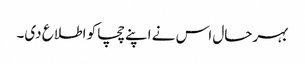
بہرحال اس نے اپنے چچا کو اطلاع دی۔